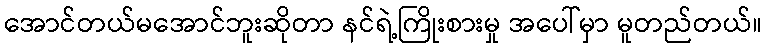
အောင်တယ်မအောင်ဘူးဆိုတာ နင်ရဲ့ကြိုးစားမှု အပေါ်မှာ မူတည်တယ်။